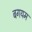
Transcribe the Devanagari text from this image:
बगयम